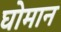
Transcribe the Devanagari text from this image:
घोमान